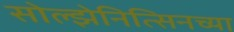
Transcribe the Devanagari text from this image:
सोल्झेनित्सिनच्या